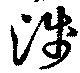
淺